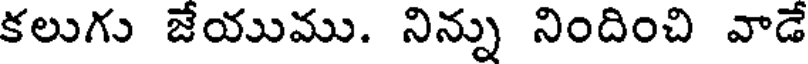
కలుగు జేయుము. నిన్ను నిందించి వాడే